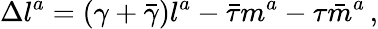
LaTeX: \Delta l^{a}=(\gamma+{\bar{\gamma}})l^{a}-{\bar{\tau}}m^{a}-\tau{\bar{m}}^{a}\, ,